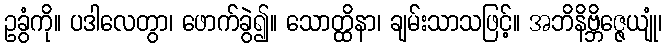
ဥခွံကို။ ပဒါလေတွာ၊ ဖောက်ခွဲ၍။ သောတ္ထိနာ၊ ချမ်းသာသဖြင့်။ အဘိနိဗ္ဘိဇ္ဇေယျုံ၊